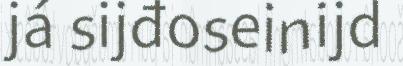
já sijđoseinijd